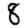
Digit: 8